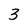
Character: 3